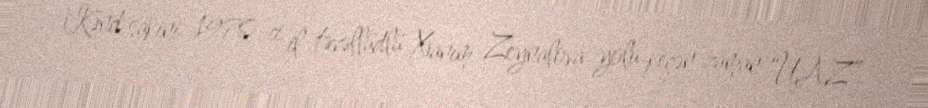
Kənd sakini 1970-ci il təvəllüdlü Xanım Zeynalova yolu keçən zaman “UAZ”